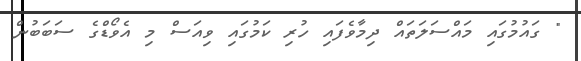
" ގައުމުގައި މައްސަލަތައް ދިމާވެފައި ހުރި ކަމުގައި ވިއަސް މި އެވޯޑްގެ ސަބަބުން